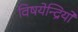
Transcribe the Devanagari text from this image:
विषयेन्द्रियों